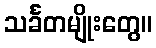
သင်္ခတမျိုးတွေ။